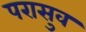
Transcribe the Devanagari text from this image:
परासुव